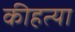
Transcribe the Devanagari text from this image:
कीहत्या